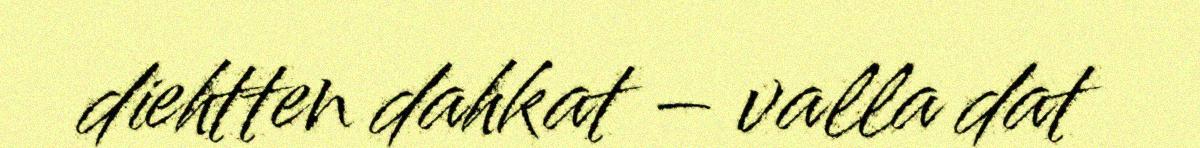
diehtten dahkat – valla dat